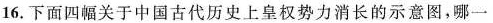
16.下面四幅关于中国古代历史上黄权势力消长的示意图，哪一